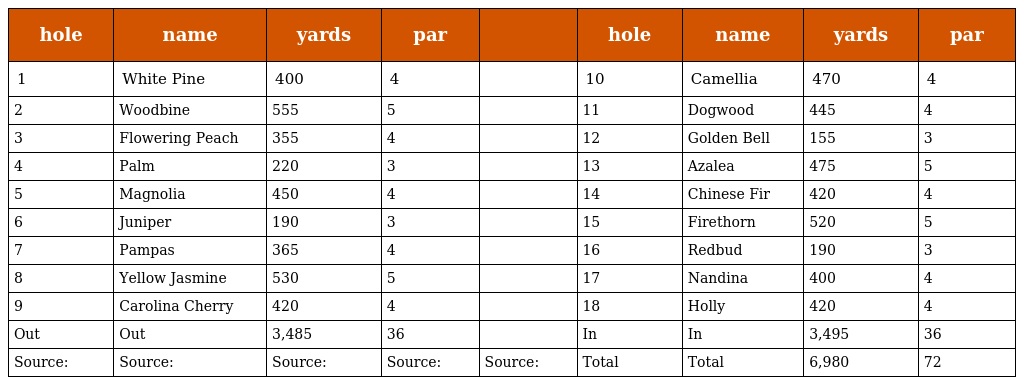
| hole | name | yards | par |  | hole | name | yards | par |
 | --- | --- | --- | --- | --- | --- | --- | --- | --- |
 | 1 | White Pine | 400 | 4 |  | 10 | Camellia | 470 | 4 |
 | 2 | Woodbine | 555 | 5 |  | 11 | Dogwood | 445 | 4 |
 | 3 | Flowering Peach | 355 | 4 |  | 12 | Golden Bell | 155 | 3 |
 | 4 | Palm | 220 | 3 |  | 13 | Azalea | 475 | 5 |
 | 5 | Magnolia | 450 | 4 |  | 14 | Chinese Fir | 420 | 4 |
 | 6 | Juniper | 190 | 3 |  | 15 | Firethorn | 520 | 5 |
 | 7 | Pampas | 365 | 4 |  | 16 | Redbud | 190 | 3 |
 | 8 | Yellow Jasmine | 530 | 5 |  | 17 | Nandina | 400 | 4 |
 | 9 | Carolina Cherry | 420 | 4 |  | 18 | Holly | 420 | 4 |
 | Out | Out | 3,485 | 36 |  | In | In | 3,495 | 36 |
 | Source: | Source: | Source: | Source: | Source: | Total | Total | 6,980 | 72 |